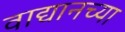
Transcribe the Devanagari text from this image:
वाद्यानच्या